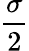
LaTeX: \frac{\sigma}{2}